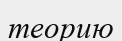
теорию